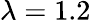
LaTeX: \lambda=1.2